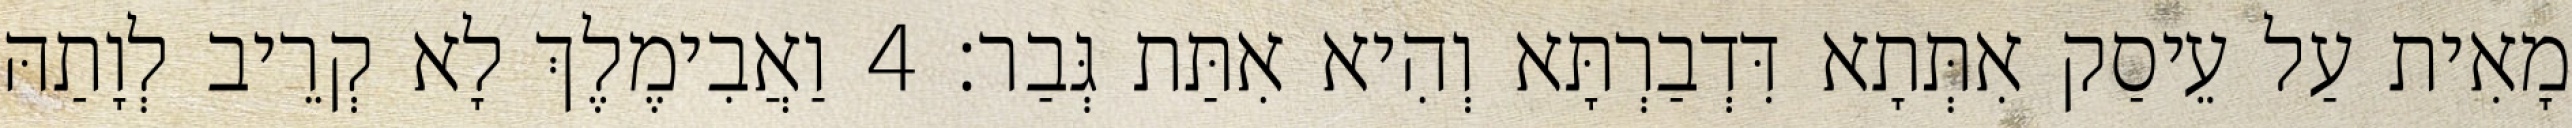
מָאִית עַל עֵיסַק אִתְּתָא דִּדְבַרְתָּא וְהִיא אִתַּת גְּבַר׃ 4 וַאֲבִימֶלֶךְ לָא קְרֵיב לְוָתַהּ